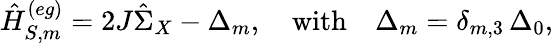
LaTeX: \hat{H}_{S,m}^{(eg)}=2J\hat{\Sigma}_{X}-\Delta_{m},\quad\mathrm{with}\quad\Delta_{m}=\delta_{m,3}\, \Delta_{0},